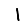
Digit: 1